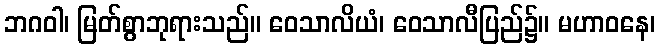
ဘဂဝါ၊ မြတ်စွာဘုရားသည်။ ဝေသာလိယံ၊ ဝေသာလီပြည်၌။ မဟာဝနေ၊